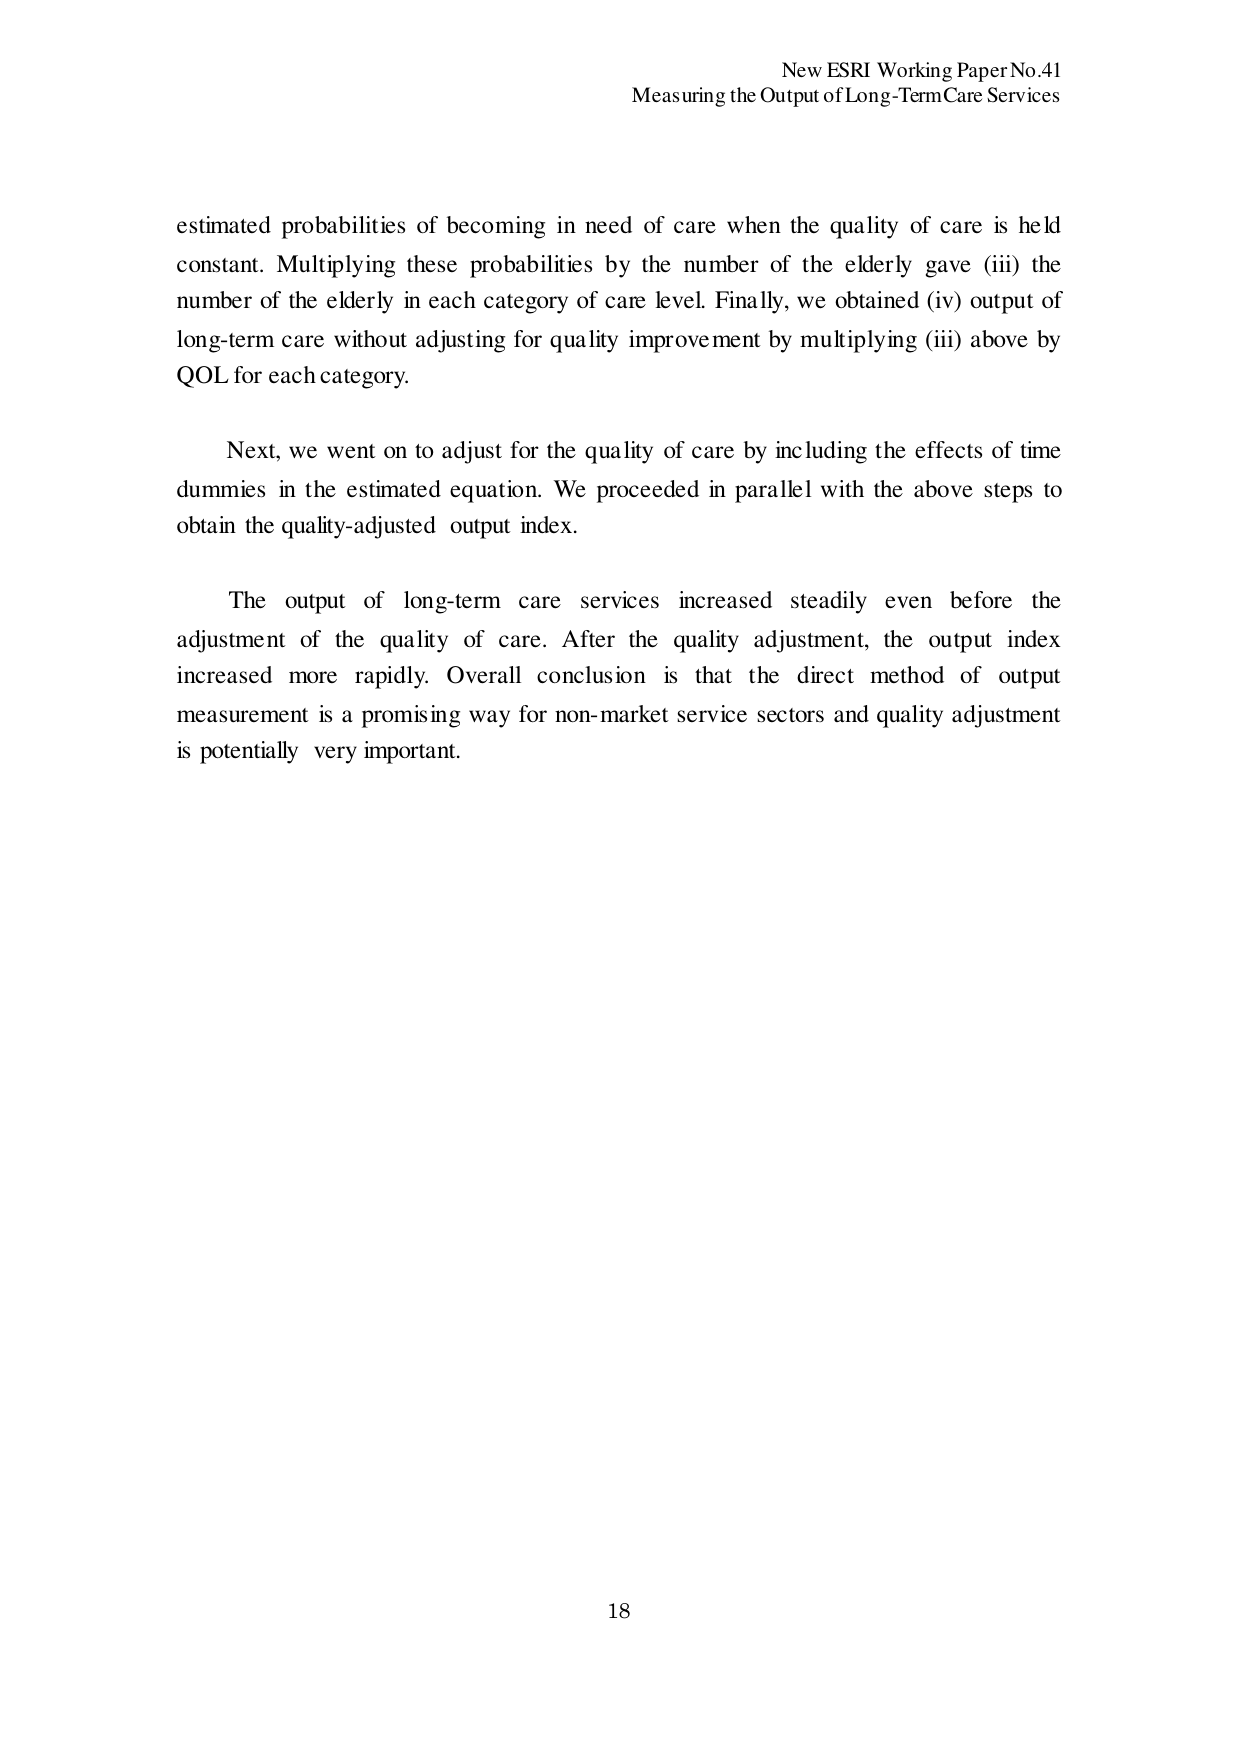
New ESRI Working Paper No.41
Measuring the Output of Long-Term Care Services

estimated probabilities of becoming in need of care when the quality of care is held constant. Multiplying these probabilities by the number of the elderly gave (iii) the number of the elderly in each category of care level. Finally, we obtained (iv) output of long-term care without adjusting for quality improvement by multiplying (iii) above by QOL for each category.

Next, we went on to adjust for the quality of care by including the effects of time dummies in the estimated equation. We proceeded in parallel with the above steps to obtain the quality-adjusted output index.

The output of long-term care services increased steadily even before the adjustment of the quality of care. After the quality adjustment, the output index increased more rapidly. Overall conclusion is that the direct method of output measurement is a promising way for non-market service sectors and quality adjustment is potentially very important.

18